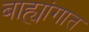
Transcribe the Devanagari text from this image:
बाह्यांगात